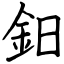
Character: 鈤